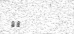
٣٧